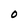
Character: O